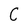
Character: C